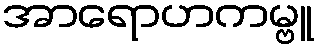
အာရောဟကမ္ဗူ